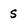
Character: s